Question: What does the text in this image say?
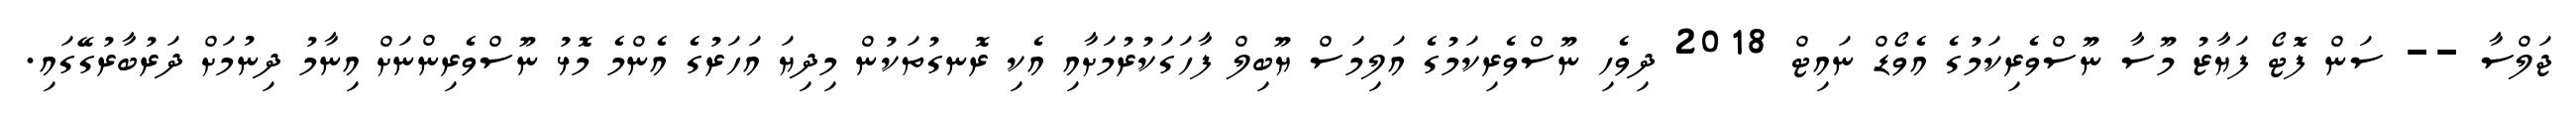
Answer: ޖަލްސާ -- ސަން ފޮޓޯ ފަޔާޒު މޫސާ ނޫސްވެރިކަމުގެ އެވޯޑް ނައިޓް 2018 ދިވެހި ނޫސްވެރިކަމުގެ އަލިމަސް ޔޫބިލް ފާހަގަކުރުމަށާއި އެކި ރޮނގުތަކުން މިދިޔަ އަހަރުގެ އެންމެ މޮޅު ނޫސްވެރިންނަށް އިނާމު ދިނުމަށް ދަރުބާރުގޭގައި.